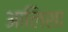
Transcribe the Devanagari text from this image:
आलिशा